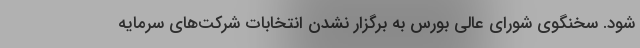
شود. سخنگوی شورای عالی بورس به برگزار نشدن انتخابات شرکت‌های سرمایه